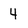
Character: 4